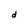
Character: d